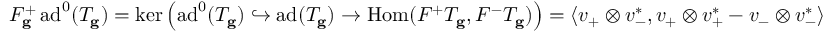
F _ { \mathbf { g } } ^ { + } \, \mathrm { a d } ^ { 0 } ( T _ { \mathbf { g } } ) = \ker \left( \mathrm { a d } ^ { 0 } ( T _ { \mathbf { g } } ) \hookrightarrow \mathrm { a d } ( T _ { \mathbf { g } } ) \to \mathrm { H o m } ( F ^ { + } T _ { \mathbf { g } } , F ^ { - } T _ { \mathbf { g } } ) \right) = \langle v _ { + } \otimes v _ { - } ^ { * } , v _ { + } \otimes v _ { + } ^ { * } - v _ { - } \otimes v _ { - } ^ { * } \rangle